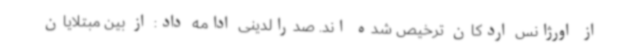
از اورژانس اردکان ترخیص شده اند. صدرالدینی ادامه داد: از بین مبتلایان